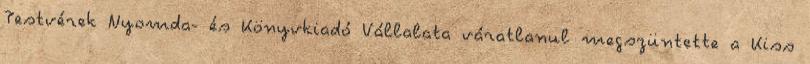
Testvérek Nyomda- és Könyvkiadó Vállalata váratlanul megszüntette a Kiss